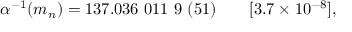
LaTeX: \alpha ^ { - 1 } ( m _ { n } ) = 1 3 7 . 0 3 6 ~ 0 1 1 ~ 9 ~ ( 5 1 ) ~ ~ ~ ~ ~ ~ [ 3 . 7 \times 1 0 ^ { - 8 } ] ,